Mediterranean fever in India - Number 22
Disease focus: Fever
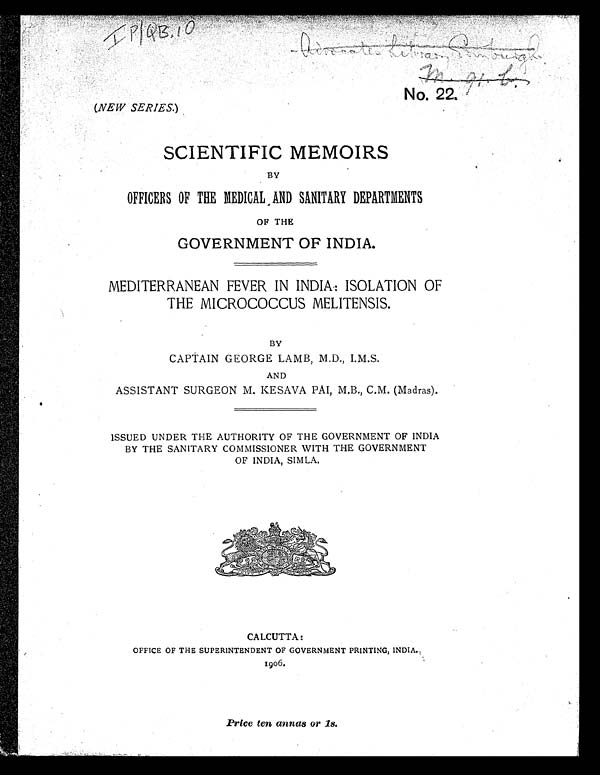
No. 22.
( NEW SERIES. )
IP/QB, 10
SCIENTIFIC MEMOIRS
BY
OFFICERS OF THE MEDICAL AND SANITARY DEPARTMENTS
OF THE
GOVERNMENT OF INDIA.
MEDITERRANEAN FEVER IN INDIA: ISOLATION OF
THE MICROCOCCUS MELITENSIS.
BY
CAPTAIN GEORGE LAMB, M.D., I.M.S.
AND
ASSISTANT SURGEON M. KESAVA PAI, M.B., C.M. (Madras).
ISSUED UNDER THE AUTHORITY OF THE GOVERNMENT OF INDIA
BY THE SANITARY COMMISSIONER WITH THE GOVERNMENT
OF INDIA, SIMLA.
CALCUTTA:
OFFICE OF THE SUPERINTENDENT OF GOVERNMENT PRINTING, INDIA
.
1906.
Price ten annas or 1s.